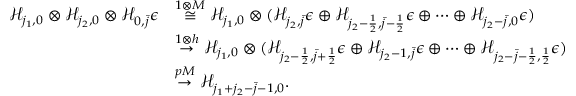
\begin{array} { r l } { \mathcal { H } _ { j _ { 1 } , 0 } \otimes \mathcal { H } _ { j _ { 2 } , 0 } \otimes \mathcal { H } _ { 0 , \bar { j } } \epsilon } & { \overset { 1 \otimes M } { \cong } \mathcal { H } _ { j _ { 1 } , 0 } \otimes ( \mathcal { H } _ { j _ { 2 } , \bar { j } } \epsilon \oplus \mathcal { H } _ { j _ { 2 } - \frac { 1 } { 2 } , \bar { j } - \frac { 1 } { 2 } } \epsilon \oplus \dots \oplus \mathcal { H } _ { j _ { 2 } - \bar { j } , 0 } \epsilon ) } \\ & { \overset { 1 \otimes h } { \to } \mathcal { H } _ { j _ { 1 } , 0 } \otimes ( \mathcal { H } _ { j _ { 2 } - \frac { 1 } { 2 } , \bar { j } + \frac { 1 } { 2 } } \epsilon \oplus \mathcal { H } _ { j _ { 2 } - 1 , \bar { j } } \epsilon \oplus \dots \oplus \mathcal { H } _ { j _ { 2 } - \bar { j } - \frac { 1 } { 2 } , \frac { 1 } { 2 } } \epsilon ) } \\ & { \overset { p M } { \to } \mathcal { H } _ { j _ { 1 } + j _ { 2 } - \bar { j } - 1 , 0 } . } \end{array}